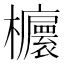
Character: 𣠯